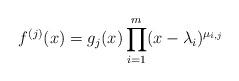
LaTeX: \begin{align*}f^{(j)}(x) = g_{j}(x) \prod_{i=1}^{m} (x- \lambda_i)^{\mu_{i,j}} \end{align*}